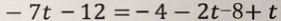
- 7 t - 1 2 = - 4 - 2 t - 8 + t